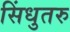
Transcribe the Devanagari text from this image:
सिंधुतरु